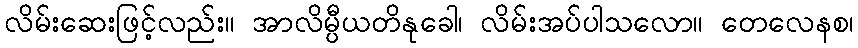
လိမ်းဆေးဖြင့်လည်း။ အာလိမ္ပီယတိနုခေါ၊ လိမ်းအပ်ပါသလော။ တေလေနစ၊